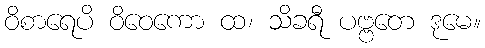
ဝိစာရေပိ ဝိဝေကော ထ၊ သိခရီ ပဗ္ဗတေ ဒုမေ။